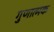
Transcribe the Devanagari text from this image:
गुणात्‍मक